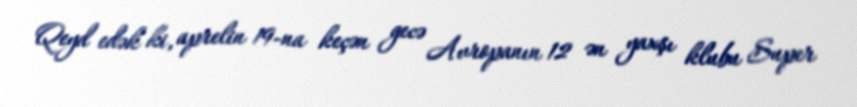
Qeyd edək ki, aprelin 19-na keçən gecə Avropanın 12 ən yaxşı klubu Super